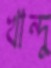
খান্দু